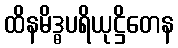
ထိနမိဒ္ဓပရိယုဋ္ဌိတေန